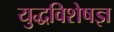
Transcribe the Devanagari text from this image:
युद्धविशेषज्ञ